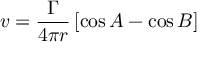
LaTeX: v = { \frac { \Gamma } { 4 \pi r } } \left[ \cos A - \cos B \right]